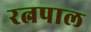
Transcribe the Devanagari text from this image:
रत्नपाल